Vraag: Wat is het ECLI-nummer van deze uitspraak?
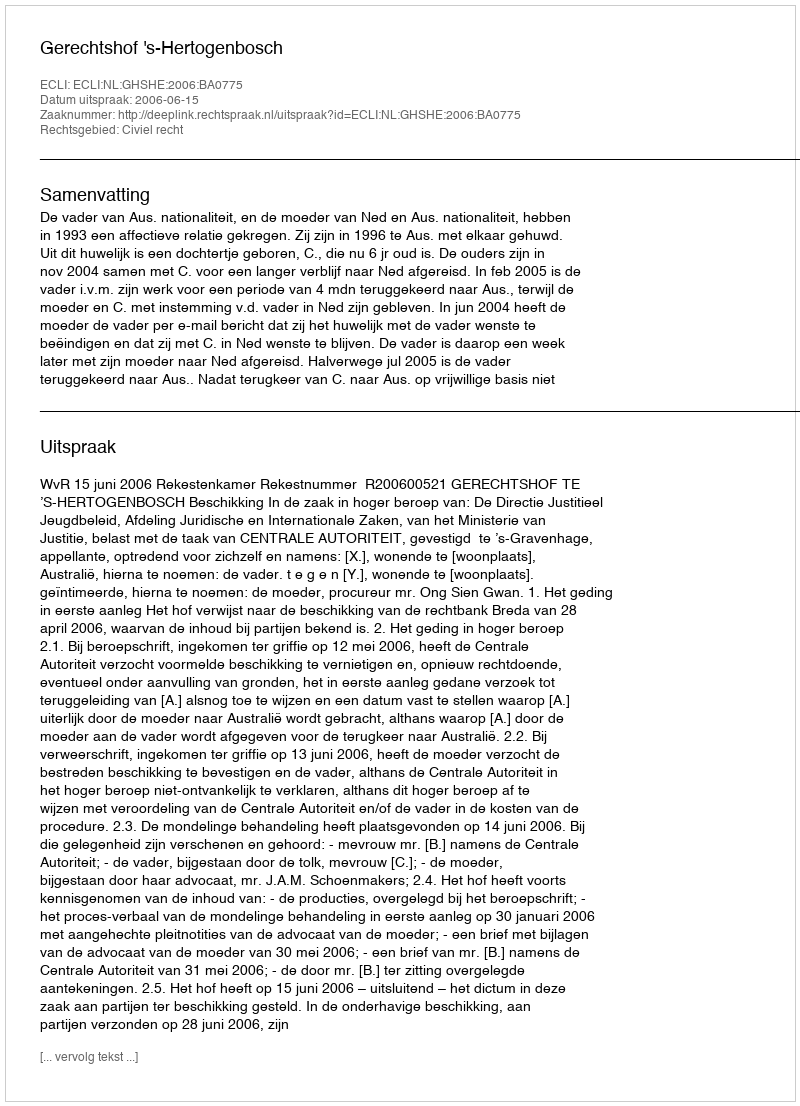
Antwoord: ECLI:NL:GHSHE:2006:BA0775